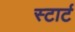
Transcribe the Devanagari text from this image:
स्‍टार्ट